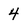
Character: 4